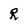
Character: R